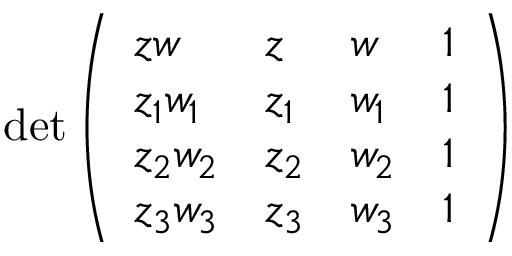
\operatorname* { d e t } { \left( \begin{array} { l l l l } { z w } & { z } & { w } & { 1 } \\ { z _ { 1 } w _ { 1 } } & { z _ { 1 } } & { w _ { 1 } } & { 1 } \\ { z _ { 2 } w _ { 2 } } & { z _ { 2 } } & { w _ { 2 } } & { 1 } \\ { z _ { 3 } w _ { 3 } } & { z _ { 3 } } & { w _ { 3 } } & { 1 } \end{array} \right) }